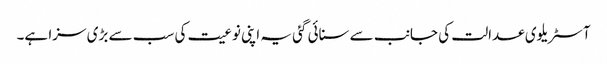
آسٹریلوی عدالت کی جانب سے سنائی گئی یہ اپنی نوعیت کی سب سے بڑی سزا ہے۔